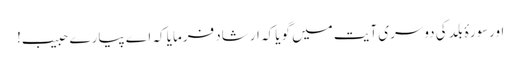
اورسورۂ بلد کی دوسری آیت میں گویا کہ ارشاد فرمایا کہ اے پیارے حبیب!